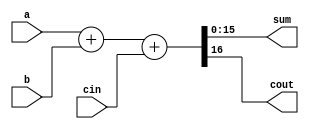
`timescale 1ns / 1ps

module _16bit_adder_continuous (sum, cout, a, b, cin);

//port declaration

input [15:0] a, b;
input cin;
output [15:0] sum;
output cout;

// behavior description

assign {cout,sum} = a+ b +cin;

endmodule